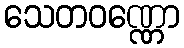
သေတဝဏ္ဏော